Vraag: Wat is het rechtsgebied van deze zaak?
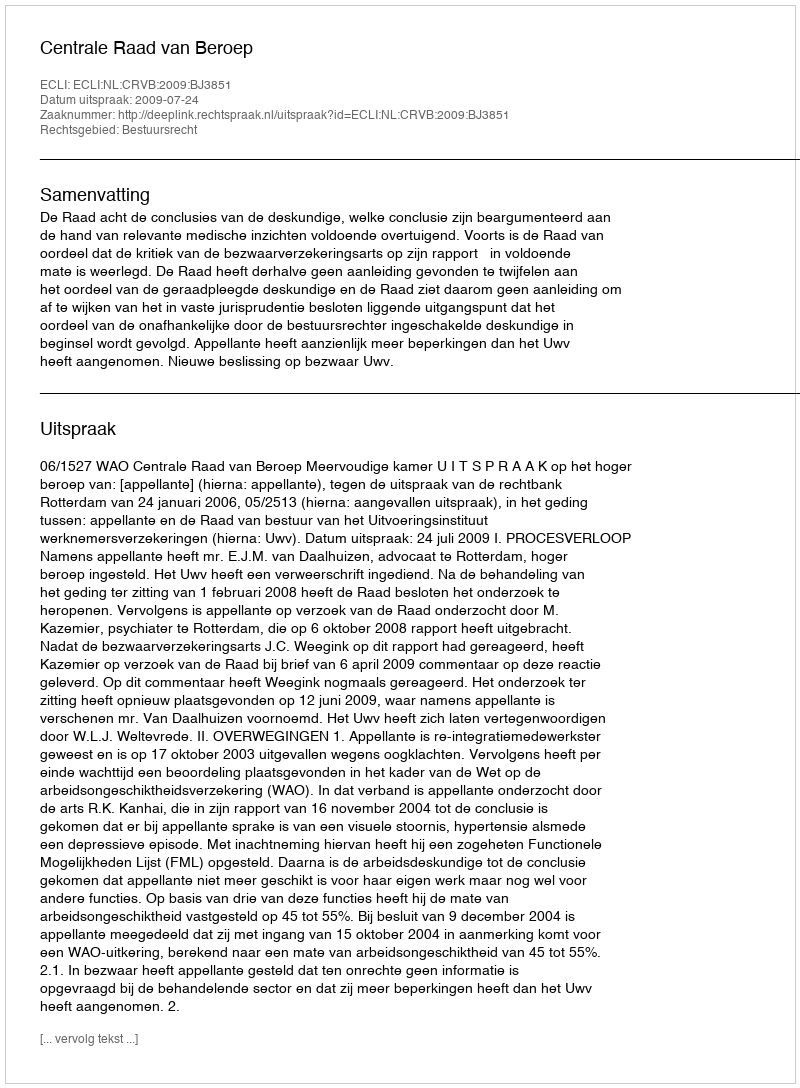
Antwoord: Bestuursrecht